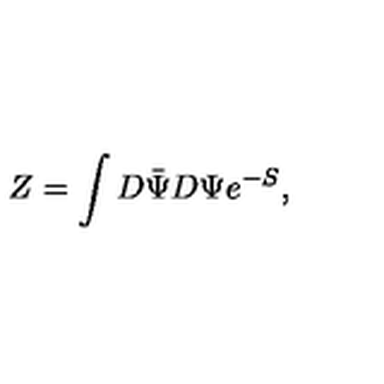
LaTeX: Z = \int D \bar { \Psi } D \Psi e ^ { - S } ,